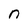
Character: n